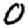
Digit: 0